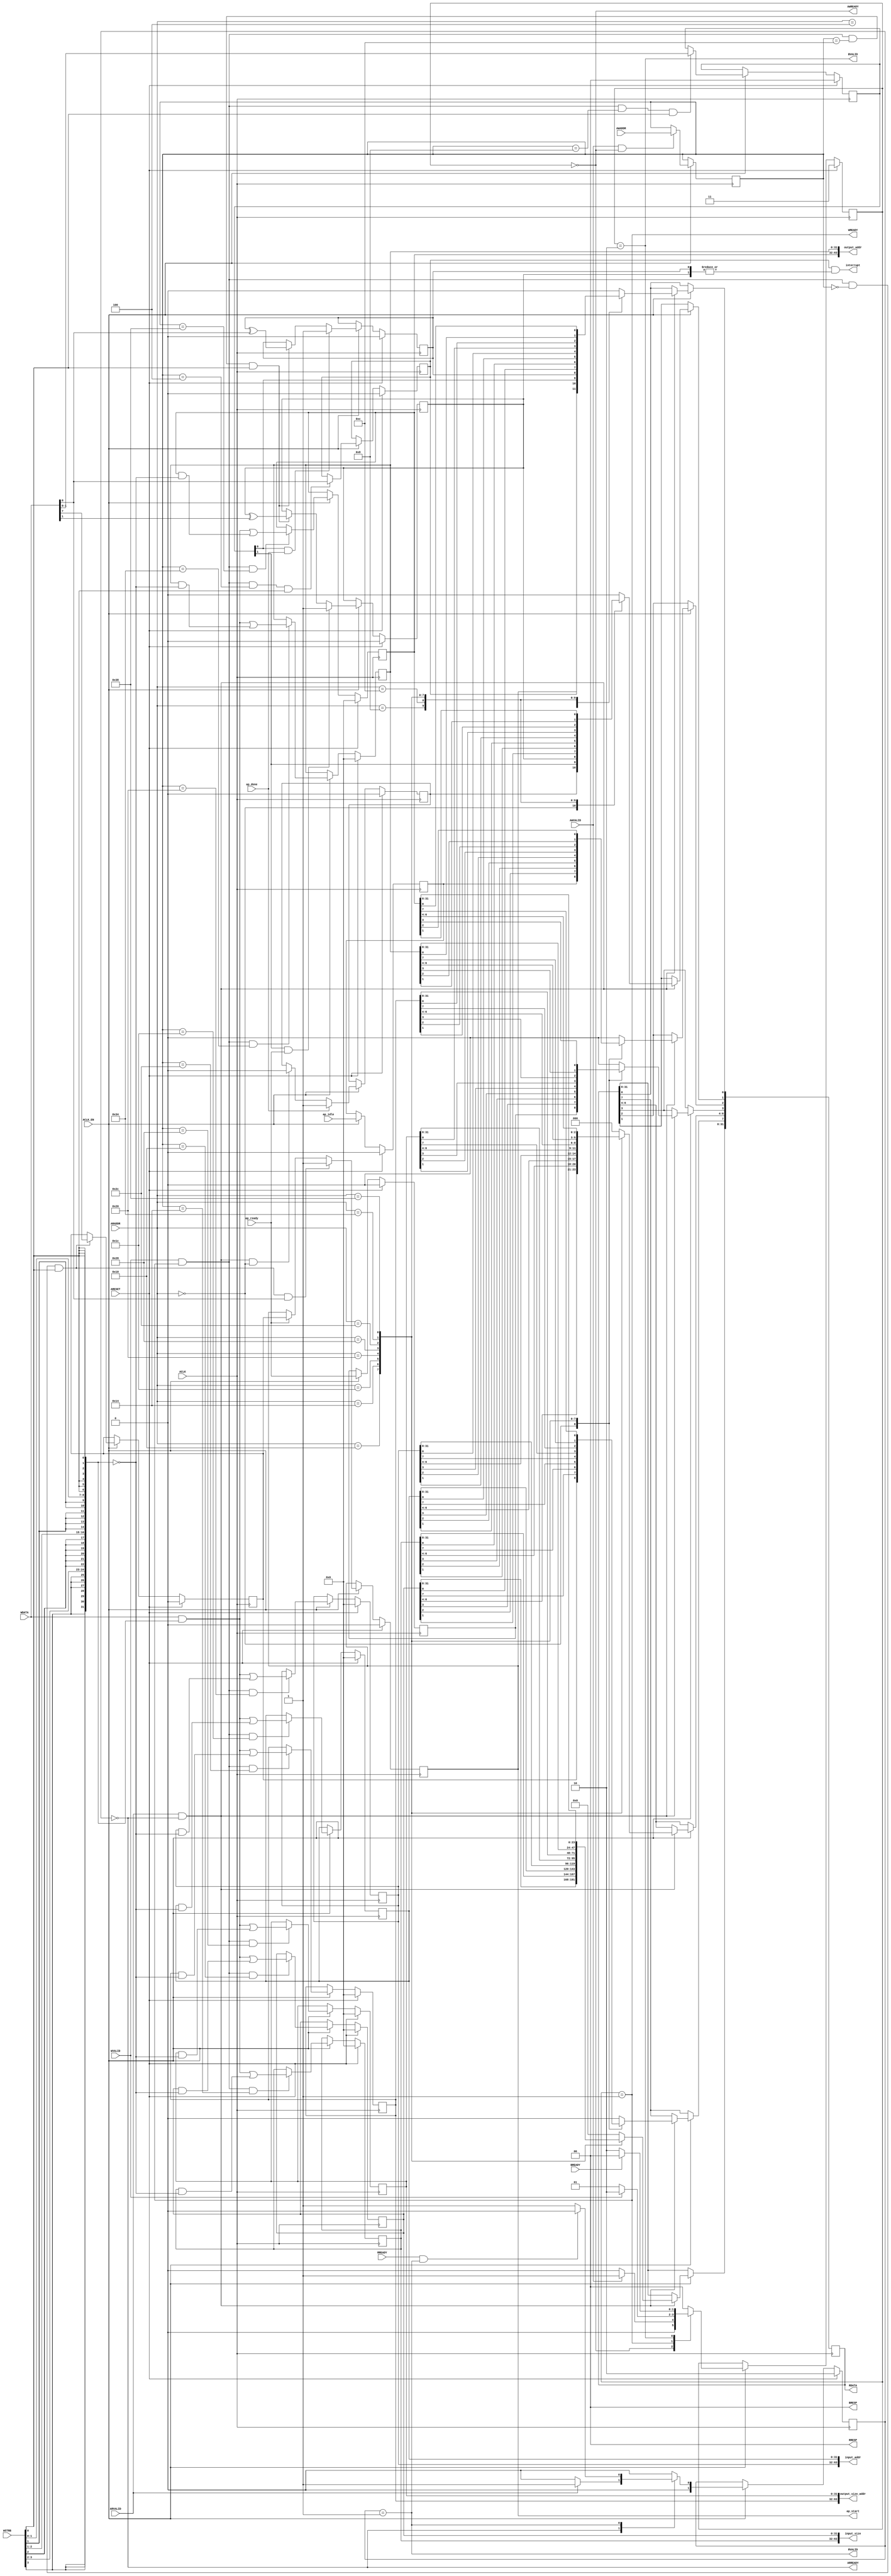
// ==============================================================
// Vivado(TM) HLS - High-Level Synthesis from C, C++ and SystemC v2020.1 (64-bit)
// Copyright 1986-2020 Xilinx, Inc. All Rights Reserved.
// ==============================================================
`timescale 1ns/1ps
module cceip_kernel_control_s_axi
#(parameter
    C_S_AXI_ADDR_WIDTH = 6,
    C_S_AXI_DATA_WIDTH = 32
)(
    input  wire                          ACLK,
    input  wire                          ARESET,
    input  wire                          ACLK_EN,
    input  wire [C_S_AXI_ADDR_WIDTH-1:0] AWADDR,
    input  wire                          AWVALID,
    output wire                          AWREADY,
    input  wire [C_S_AXI_DATA_WIDTH-1:0] WDATA,
    input  wire [C_S_AXI_DATA_WIDTH/8-1:0] WSTRB,
    input  wire                          WVALID,
    output wire                          WREADY,
    output wire [1:0]                    BRESP,
    output wire                          BVALID,
    input  wire                          BREADY,
    input  wire [C_S_AXI_ADDR_WIDTH-1:0] ARADDR,
    input  wire                          ARVALID,
    output wire                          ARREADY,
    output wire [C_S_AXI_DATA_WIDTH-1:0] RDATA,
    output wire [1:0]                    RRESP,
    output wire                          RVALID,
    input  wire                          RREADY,
    output wire                          interrupt,
    output wire                          ap_start,
    input  wire                          ap_done,
    input  wire                          ap_ready,
    input  wire                          ap_idle,
    output wire [63:0]                   input_size,
    output wire [63:0]                   input_addr,
    output wire [63:0]                   output_size_addr,
    output wire [63:0]                   output_addr
);
//------------------------Address Info-------------------
// 0x00 : Control signals
//        bit 0  - ap_start (Read/Write/COH)
//        bit 1  - ap_done (Read/COR)
//        bit 2  - ap_idle (Read)
//        bit 3  - ap_ready (Read)
//        bit 7  - auto_restart (Read/Write)
//        others - reserved
// 0x04 : Global Interrupt Enable Register
//        bit 0  - Global Interrupt Enable (Read/Write)
//        others - reserved
// 0x08 : IP Interrupt Enable Register (Read/Write)
//        bit 0  - Channel 0 (ap_done)
//        bit 1  - Channel 1 (ap_ready)
//        others - reserved
// 0x0c : IP Interrupt Status Register (Read/TOW)
//        bit 0  - Channel 0 (ap_done)
//        bit 1  - Channel 1 (ap_ready)
//        others - reserved
// 0x10 : Data signal of input_size
//        bit 31~0 - input_size[31:0] (Read/Write)
// 0x14 : Data signal of input_size
//        bit 31~0 - input_size[63:32] (Read/Write)
// 0x18 : reserved
// 0x1c : Data signal of input_addr
//        bit 31~0 - input_addr[31:0] (Read/Write)
// 0x20 : Data signal of input_addr
//        bit 31~0 - input_addr[63:32] (Read/Write)
// 0x24 : reserved
// 0x28 : Data signal of output_size_addr
//        bit 31~0 - output_size_addr[31:0] (Read/Write)
// 0x2c : Data signal of output_size_addr
//        bit 31~0 - output_size_addr[63:32] (Read/Write)
// 0x30 : reserved
// 0x34 : Data signal of output_addr
//        bit 31~0 - output_addr[31:0] (Read/Write)
// 0x38 : Data signal of output_addr
//        bit 31~0 - output_addr[63:32] (Read/Write)
// 0x3c : reserved
// (SC = Self Clear, COR = Clear on Read, TOW = Toggle on Write, COH = Clear on Handshake)

//------------------------Parameter----------------------
localparam
    ADDR_AP_CTRL                 = 6'h00,
    ADDR_GIE                     = 6'h04,
    ADDR_IER                     = 6'h08,
    ADDR_ISR                     = 6'h0c,
    ADDR_INPUT_SIZE_DATA_0       = 6'h10,
    ADDR_INPUT_SIZE_DATA_1       = 6'h14,
    ADDR_INPUT_SIZE_CTRL         = 6'h18,
    ADDR_INPUT_ADDR_DATA_0       = 6'h1c,
    ADDR_INPUT_ADDR_DATA_1       = 6'h20,
    ADDR_INPUT_ADDR_CTRL         = 6'h24,
    ADDR_OUTPUT_SIZE_ADDR_DATA_0 = 6'h28,
    ADDR_OUTPUT_SIZE_ADDR_DATA_1 = 6'h2c,
    ADDR_OUTPUT_SIZE_ADDR_CTRL   = 6'h30,
    ADDR_OUTPUT_ADDR_DATA_0      = 6'h34,
    ADDR_OUTPUT_ADDR_DATA_1      = 6'h38,
    ADDR_OUTPUT_ADDR_CTRL        = 6'h3c,
    WRIDLE                       = 2'd0,
    WRDATA                       = 2'd1,
    WRRESP                       = 2'd2,
    WRRESET                      = 2'd3,
    RDIDLE                       = 2'd0,
    RDDATA                       = 2'd1,
    RDRESET                      = 2'd2,
    ADDR_BITS         = 6;

//------------------------Local signal-------------------
    reg  [1:0]                    wstate = WRRESET;
    reg  [1:0]                    wnext;
    reg  [ADDR_BITS-1:0]          waddr;
    wire [31:0]                   wmask;
    wire                          aw_hs;
    wire                          w_hs;
    reg  [1:0]                    rstate = RDRESET;
    reg  [1:0]                    rnext;
    reg  [31:0]                   rdata;
    wire                          ar_hs;
    wire [ADDR_BITS-1:0]          raddr;
    // internal registers
    reg                           int_ap_idle;
    reg                           int_ap_ready;
    reg                           int_ap_done = 1'b0;
    reg                           int_ap_start = 1'b0;
    reg                           int_auto_restart = 1'b0;
    reg                           int_gie = 1'b0;
    reg  [1:0]                    int_ier = 2'b0;
    reg  [1:0]                    int_isr = 2'b0;
    reg  [63:0]                   int_input_size = 'b0;
    reg  [63:0]                   int_input_addr = 'b0;
    reg  [63:0]                   int_output_size_addr = 'b0;
    reg  [63:0]                   int_output_addr = 'b0;

//------------------------Instantiation------------------

//------------------------AXI write fsm------------------
assign AWREADY = (wstate == WRIDLE);
assign WREADY  = (wstate == WRDATA);
assign BRESP   = 2'b00;  // OKAY
assign BVALID  = (wstate == WRRESP);
assign wmask   = { {8{WSTRB[3]}}, {8{WSTRB[2]}}, {8{WSTRB[1]}}, {8{WSTRB[0]}} };
assign aw_hs   = AWVALID & AWREADY;
assign w_hs    = WVALID & WREADY;

// wstate
always @(posedge ACLK) begin
    if (ARESET)
        wstate <= WRRESET;
    else if (ACLK_EN)
        wstate <= wnext;
end

// wnext
always @(*) begin
    case (wstate)
        WRIDLE:
            if (AWVALID)
                wnext = WRDATA;
            else
                wnext = WRIDLE;
        WRDATA:
            if (WVALID)
                wnext = WRRESP;
            else
                wnext = WRDATA;
        WRRESP:
            if (BREADY)
                wnext = WRIDLE;
            else
                wnext = WRRESP;
        default:
            wnext = WRIDLE;
    endcase
end

// waddr
always @(posedge ACLK) begin
    if (ACLK_EN) begin
        if (aw_hs)
            waddr <= AWADDR[ADDR_BITS-1:0];
    end
end

//------------------------AXI read fsm-------------------
assign ARREADY = (rstate == RDIDLE);
assign RDATA   = rdata;
assign RRESP   = 2'b00;  // OKAY
assign RVALID  = (rstate == RDDATA);
assign ar_hs   = ARVALID & ARREADY;
assign raddr   = ARADDR[ADDR_BITS-1:0];

// rstate
always @(posedge ACLK) begin
    if (ARESET)
        rstate <= RDRESET;
    else if (ACLK_EN)
        rstate <= rnext;
end

// rnext
always @(*) begin
    case (rstate)
        RDIDLE:
            if (ARVALID)
                rnext = RDDATA;
            else
                rnext = RDIDLE;
        RDDATA:
            if (RREADY & RVALID)
                rnext = RDIDLE;
            else
                rnext = RDDATA;
        default:
            rnext = RDIDLE;
    endcase
end

// rdata
always @(posedge ACLK) begin
    if (ACLK_EN) begin
        if (ar_hs) begin
            rdata <= 1'b0;
            case (raddr)
                ADDR_AP_CTRL: begin
                    rdata[0] <= int_ap_start;
                    rdata[1] <= int_ap_done;
                    rdata[2] <= int_ap_idle;
                    rdata[3] <= int_ap_ready;
                    rdata[7] <= int_auto_restart;
                end
                ADDR_GIE: begin
                    rdata <= int_gie;
                end
                ADDR_IER: begin
                    rdata <= int_ier;
                end
                ADDR_ISR: begin
                    rdata <= int_isr;
                end
                ADDR_INPUT_SIZE_DATA_0: begin
                    rdata <= int_input_size[31:0];
                end
                ADDR_INPUT_SIZE_DATA_1: begin
                    rdata <= int_input_size[63:32];
                end
                ADDR_INPUT_ADDR_DATA_0: begin
                    rdata <= int_input_addr[31:0];
                end
                ADDR_INPUT_ADDR_DATA_1: begin
                    rdata <= int_input_addr[63:32];
                end
                ADDR_OUTPUT_SIZE_ADDR_DATA_0: begin
                    rdata <= int_output_size_addr[31:0];
                end
                ADDR_OUTPUT_SIZE_ADDR_DATA_1: begin
                    rdata <= int_output_size_addr[63:32];
                end
                ADDR_OUTPUT_ADDR_DATA_0: begin
                    rdata <= int_output_addr[31:0];
                end
                ADDR_OUTPUT_ADDR_DATA_1: begin
                    rdata <= int_output_addr[63:32];
                end
            endcase
        end
    end
end


//------------------------Register logic-----------------
assign interrupt        = int_gie & (|int_isr);
assign ap_start         = int_ap_start;
assign input_size       = int_input_size;
assign input_addr       = int_input_addr;
assign output_size_addr = int_output_size_addr;
assign output_addr      = int_output_addr;
// int_ap_start
always @(posedge ACLK) begin
    if (ARESET)
        int_ap_start <= 1'b0;
    else if (ACLK_EN) begin
        if (w_hs && waddr == ADDR_AP_CTRL && WSTRB[0] && WDATA[0])
            int_ap_start <= 1'b1;
        else if (ap_ready)
            int_ap_start <= int_auto_restart; // clear on handshake/auto restart
    end
end

// int_ap_done
always @(posedge ACLK) begin
    if (ARESET)
        int_ap_done <= 1'b0;
    else if (ACLK_EN) begin
        if (ap_done)
            int_ap_done <= 1'b1;
        else if (ar_hs && raddr == ADDR_AP_CTRL)
            int_ap_done <= 1'b0; // clear on read
    end
end

// int_ap_idle
always @(posedge ACLK) begin
    if (ARESET)
        int_ap_idle <= 1'b0;
    else if (ACLK_EN) begin
            int_ap_idle <= ap_idle;
    end
end

// int_ap_ready
always @(posedge ACLK) begin
    if (ARESET)
        int_ap_ready <= 1'b0;
    else if (ACLK_EN) begin
            int_ap_ready <= ap_ready;
    end
end

// int_auto_restart
always @(posedge ACLK) begin
    if (ARESET)
        int_auto_restart <= 1'b0;
    else if (ACLK_EN) begin
        if (w_hs && waddr == ADDR_AP_CTRL && WSTRB[0])
            int_auto_restart <=  WDATA[7];
    end
end

// int_gie
always @(posedge ACLK) begin
    if (ARESET)
        int_gie <= 1'b0;
    else if (ACLK_EN) begin
        if (w_hs && waddr == ADDR_GIE && WSTRB[0])
            int_gie <= WDATA[0];
    end
end

// int_ier
always @(posedge ACLK) begin
    if (ARESET)
        int_ier <= 1'b0;
    else if (ACLK_EN) begin
        if (w_hs && waddr == ADDR_IER && WSTRB[0])
            int_ier <= WDATA[1:0];
    end
end

// int_isr[0]
always @(posedge ACLK) begin
    if (ARESET)
        int_isr[0] <= 1'b0;
    else if (ACLK_EN) begin
        if (int_ier[0] & ap_done)
            int_isr[0] <= 1'b1;
        else if (w_hs && waddr == ADDR_ISR && WSTRB[0])
            int_isr[0] <= int_isr[0] ^ WDATA[0]; // toggle on write
    end
end

// int_isr[1]
always @(posedge ACLK) begin
    if (ARESET)
        int_isr[1] <= 1'b0;
    else if (ACLK_EN) begin
        if (int_ier[1] & ap_ready)
            int_isr[1] <= 1'b1;
        else if (w_hs && waddr == ADDR_ISR && WSTRB[0])
            int_isr[1] <= int_isr[1] ^ WDATA[1]; // toggle on write
    end
end

// int_input_size[31:0]
always @(posedge ACLK) begin
    if (ARESET)
        int_input_size[31:0] <= 0;
    else if (ACLK_EN) begin
        if (w_hs && waddr == ADDR_INPUT_SIZE_DATA_0)
            int_input_size[31:0] <= (WDATA[31:0] & wmask) | (int_input_size[31:0] & ~wmask);
    end
end

// int_input_size[63:32]
always @(posedge ACLK) begin
    if (ARESET)
        int_input_size[63:32] <= 0;
    else if (ACLK_EN) begin
        if (w_hs && waddr == ADDR_INPUT_SIZE_DATA_1)
            int_input_size[63:32] <= (WDATA[31:0] & wmask) | (int_input_size[63:32] & ~wmask);
    end
end

// int_input_addr[31:0]
always @(posedge ACLK) begin
    if (ARESET)
        int_input_addr[31:0] <= 0;
    else if (ACLK_EN) begin
        if (w_hs && waddr == ADDR_INPUT_ADDR_DATA_0)
            int_input_addr[31:0] <= (WDATA[31:0] & wmask) | (int_input_addr[31:0] & ~wmask);
    end
end

// int_input_addr[63:32]
always @(posedge ACLK) begin
    if (ARESET)
        int_input_addr[63:32] <= 0;
    else if (ACLK_EN) begin
        if (w_hs && waddr == ADDR_INPUT_ADDR_DATA_1)
            int_input_addr[63:32] <= (WDATA[31:0] & wmask) | (int_input_addr[63:32] & ~wmask);
    end
end

// int_output_size_addr[31:0]
always @(posedge ACLK) begin
    if (ARESET)
        int_output_size_addr[31:0] <= 0;
    else if (ACLK_EN) begin
        if (w_hs && waddr == ADDR_OUTPUT_SIZE_ADDR_DATA_0)
            int_output_size_addr[31:0] <= (WDATA[31:0] & wmask) | (int_output_size_addr[31:0] & ~wmask);
    end
end

// int_output_size_addr[63:32]
always @(posedge ACLK) begin
    if (ARESET)
        int_output_size_addr[63:32] <= 0;
    else if (ACLK_EN) begin
        if (w_hs && waddr == ADDR_OUTPUT_SIZE_ADDR_DATA_1)
            int_output_size_addr[63:32] <= (WDATA[31:0] & wmask) | (int_output_size_addr[63:32] & ~wmask);
    end
end

// int_output_addr[31:0]
always @(posedge ACLK) begin
    if (ARESET)
        int_output_addr[31:0] <= 0;
    else if (ACLK_EN) begin
        if (w_hs && waddr == ADDR_OUTPUT_ADDR_DATA_0)
            int_output_addr[31:0] <= (WDATA[31:0] & wmask) | (int_output_addr[31:0] & ~wmask);
    end
end

// int_output_addr[63:32]
always @(posedge ACLK) begin
    if (ARESET)
        int_output_addr[63:32] <= 0;
    else if (ACLK_EN) begin
        if (w_hs && waddr == ADDR_OUTPUT_ADDR_DATA_1)
            int_output_addr[63:32] <= (WDATA[31:0] & wmask) | (int_output_addr[63:32] & ~wmask);
    end
end


//------------------------Memory logic-------------------

endmodule